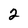
Character: 2